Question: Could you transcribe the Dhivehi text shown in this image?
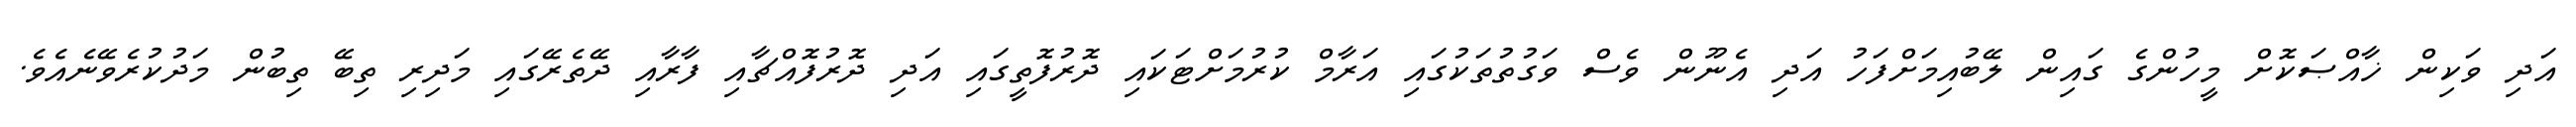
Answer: އަދި ވަކިން ޚާއްޞަކޮށް މީހުންގެ ގައިން ލޭބުއިމަށްފަހު އަދި އެނޫން ވެސް ވަގުތުތަކުގައި އަރާމް ކުރުމަށްޓަކައި ދޮރުފޮތީގައި އަދި ދޮރުފޮއްޗާއި ފާރާއި ދޭތެރޭގައި މަދިރި ތިބޭ ތިބުން މަދުކުރެވޭނެއެވެ.